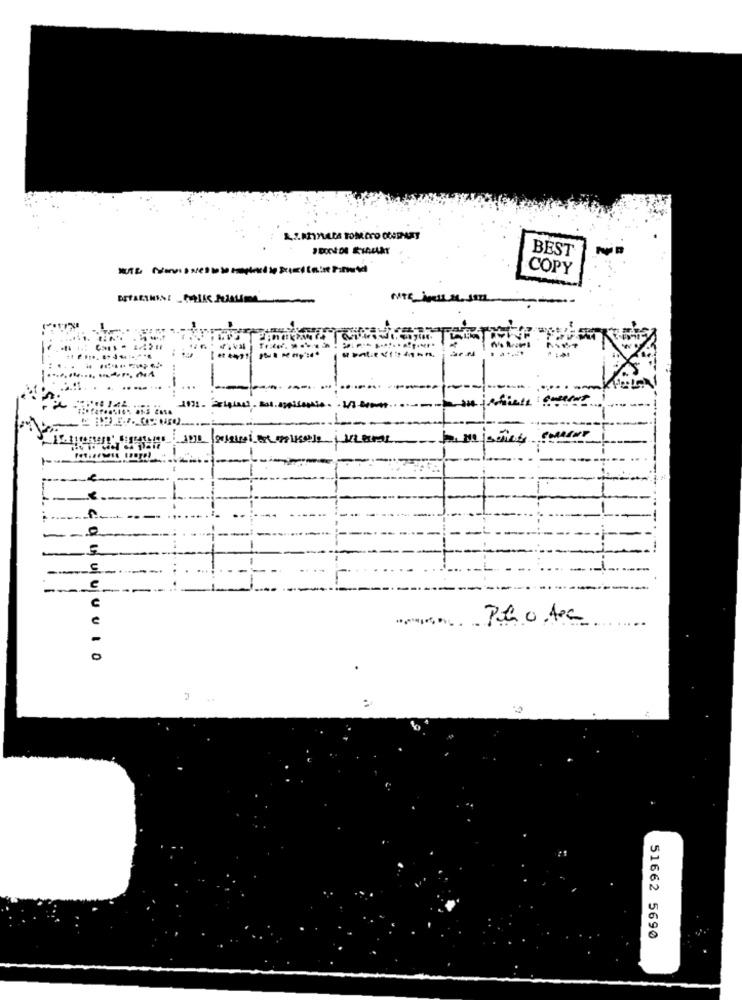
BEST
COPY
BETARTIENE-MAIL SUBLIME
0
-
UUUUULO
:
51662 5690